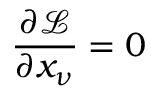
{ \frac { \partial { \mathcal { L } } } { \partial x _ { \nu } } } = 0